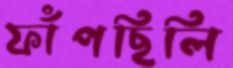
ফাঁপছিলি